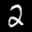
Label: 2